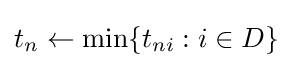
t_{n}\leftarrow \min\{t_{ni}:i\in D\}